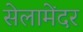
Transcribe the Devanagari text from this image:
सेलामेंदर